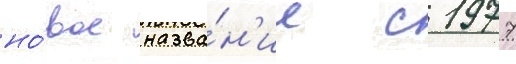
но́вое назва́н'ие с 1977